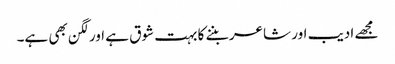
مجھے ادیب اور شاعر بننے کا بہت شوق ہے اور لگن بھی ہے۔